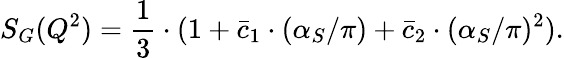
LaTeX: S_{G}(Q^{2})=\frac{1}{3}\cdot(1+\bar{c}_{1}\cdot(\alpha_{S}/\pi)+\bar{c}_{2}\cdot(\alpha_{S}/\pi)^{2}).